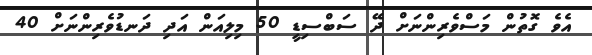
އެވެ ގޮތުން މަސްވެރިންނަށް ދޭ ސަބްސިޑީ 50 މިލިއަން އަދި ދަނޑުވެރިންނަށް 40